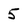
Character: 5